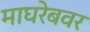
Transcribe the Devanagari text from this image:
माघरेबवर